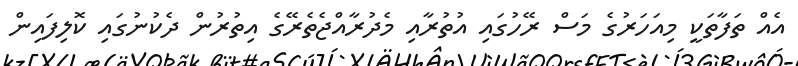
އެއް ތަފާތަކީ މިއަހަރުގެ މަސް ރޭހުގައި އުތުރާއި މެދުރާއްޖެތެރޭގެ އިތުރުން ދެކުނުގައި ކޮލިފައިން